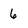
Character: 6